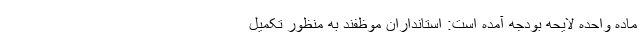
ماده واحده لایحه بودجه آمده است: استانداران موظفند به منظور تکمیل